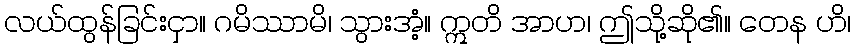
လယ်ထွန်ခြင်းငှာ။ ဂမိဿာမိ၊ သွားအံ့။ ဣတိ အာဟ၊ ဤသို့ဆို၏။ တေန ဟိ၊